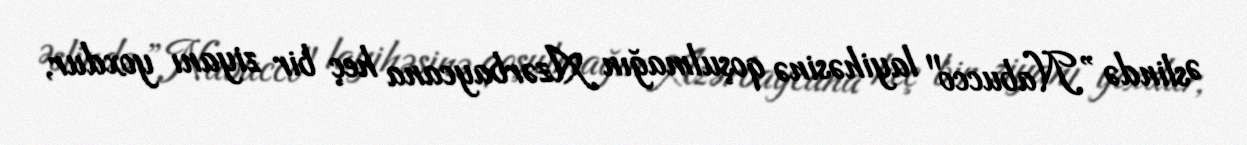
Əslində ”Nabucco" layihəsinə qoşulmağın Azərbaycana heç bir ziyanı yoxdur,